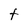
Character: t